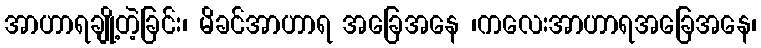
အာဟာရချို့တဲ့ခြင်း၊ မိခင်အာဟာရ အခြေအနေ ၊ကလေးအာဟာရအခြေအနေ၊